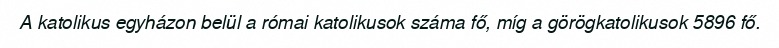
A katolikus egyházon belül a római katolikusok száma fő, míg a görögkatolikusok 5896 fő.